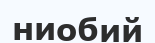
ниобий